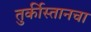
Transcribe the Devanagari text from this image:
तुर्कीस्तानचा